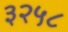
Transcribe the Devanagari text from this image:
३२५८